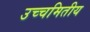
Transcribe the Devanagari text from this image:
उच्चमितीय